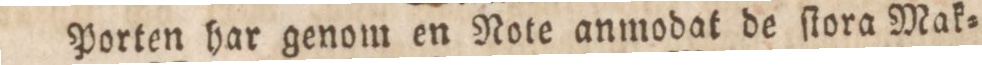
Porten har genom en Note anmodat de ſtora Mak=